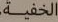
الخفية